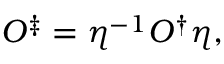
O ^ { \ddag } = \eta ^ { - 1 } O ^ { \dag } \eta ,